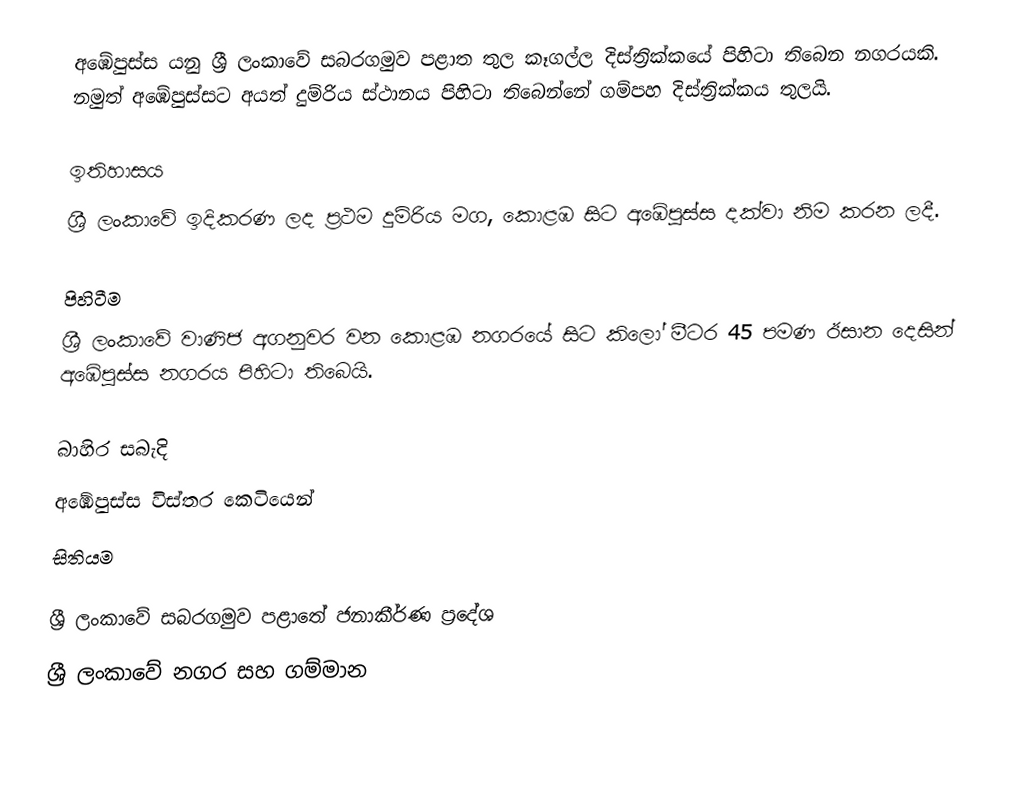
අඹේපුස්ස යනු ශ්‍රී ලංකාවේ සබරගමුව පළාත තුල කෑගල්ල දිස්ත්‍රික්කයේ පිහිටා තිබෙන නගරයකි. නමුත් අඹේපුස්සට අයත් දුම්රිය ස්ථානය පිහිටා තිබෙන්නේ ගම්පහ දිස්ත්‍රික්කය තුලයි.

ඉතිහාසය
ශ්‍රී ලංකාවේ ඉදිකරණ ලද ප්‍රථම දුම්රිය මග, කොළඹ සිට අඹේපුස්ස දක්වා නිම කරන ලදී.

පිහිටීම
ශ්‍රී ලංකාවේ වාණිජ අගනුවර වන කොළඹ නගරයේ සිට කිලෝ මීටර 45 පමණ ඊසාන දෙසින් අඹේපුස්ස නගරය පිහිටා තිබෙයි.

බාහිර සබැදි
  අඹේපුස්ස විස්තර කෙටියෙන්
සිතියම

ශ්‍රී ලංකාවේ සබරගමුව පළාතේ ජනාකීර්ණ ප්‍රදේශ
ශ්‍රී ලංකාවේ නගර සහ ගම්මාන